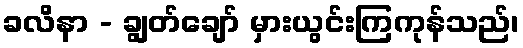
ခလိနာ - ချွတ်ချော် မှားယွင်းကြကုန်သည်၊